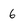
Character: 6